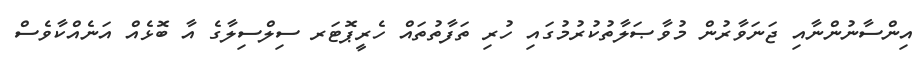
އިންސާނުންނާއި ޖަނަވާރުން މުވާޞަލާތުކުރުމުގައި ހުރި ތަފާތުތައް ހެރީޕޮޓަރ ސިލްސިލާގެ އާ ބޮޅެއް އަނެއްކާވެސް